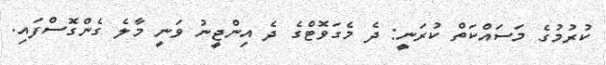
ކުރުމުގެ މަސައްކަތް ކުރަނީ: ދެ މެގަވޮޓްގެ ދެ އިންޖީނު ވަނީ މާލެ ގެންގޮސްފައި.